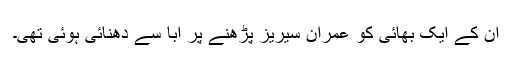
ان کے ایک بھائی کو عمران سیریز پڑھنے پر ابا سے دھنائی ہوئی تھی۔